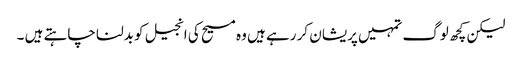
لیکن کچھ لوگ تمہیں پریشان کر رہے ہیں وہ مسیح کی انجیل کو بدلنا چاہتے ہیں ۔